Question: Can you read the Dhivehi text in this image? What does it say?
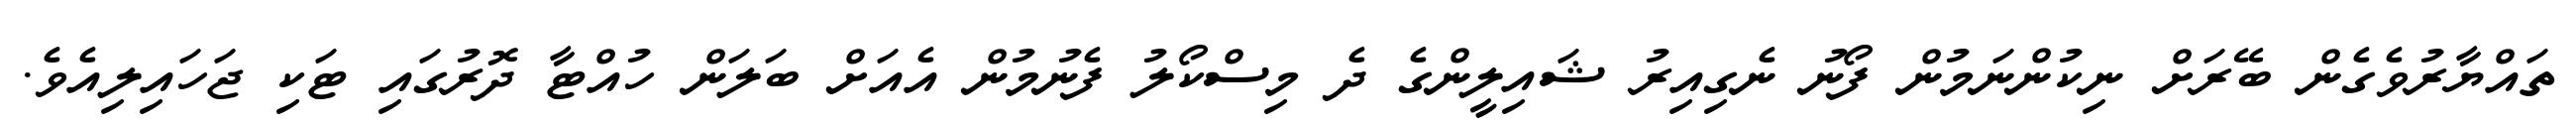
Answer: ތައްޔާރުވެގެން ބޭރަށް ނިކުންނަމުން ފޯނު ނެގިއިރު ޝައިލީންގެ ދެ މިސްކޯލު ފެނުމުން އެއަށް ބަލަން ހުއްޓާ ދޮރުގައި ޓަކި ޖަހައިލިއެވެ.